Civil Veterinary Department Bengal reports 1933-51 - 1933-1951
Year: 1933
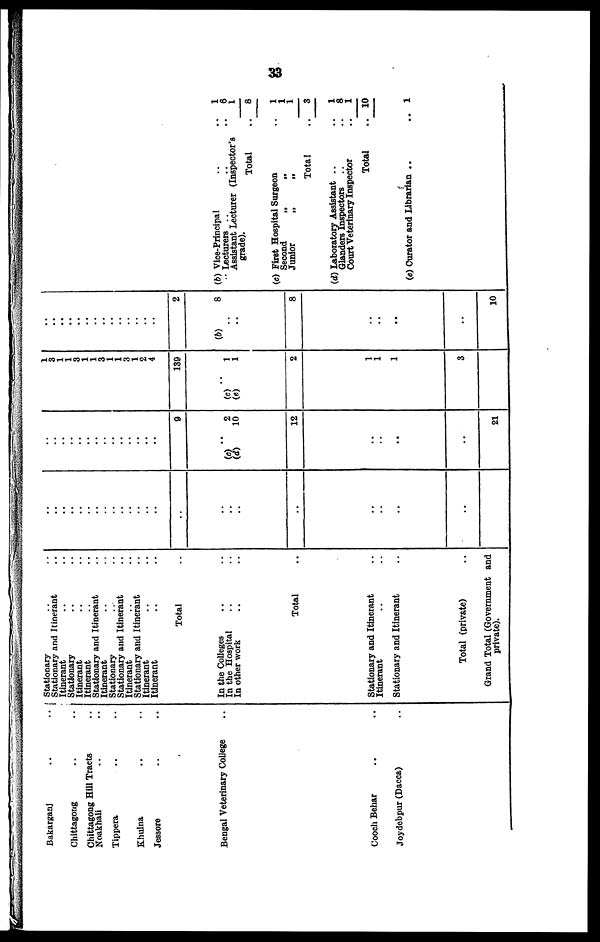
..33
Bakarganj .. ..
Chittagong .. ..
Chittagong Hill Tracts ..
Noakhali .. ..
Tippera
..
..
Khulna .. ..
Jessore .. ..
Bengal Veterinary College ..
Cooch Behar .. ..
Joydebpur (Dacca) ..
Stationary .. ..
Stationary and Itinerant ..
Itinerant .. ..
Stationary .. ..
Itinerant .. ..
Itinerant .. ..
Stationary and Itinerant ..
Itinerant .. ..
Stationary .. ..
Stationary and Itinerant .. ..
Itinerant .. ..
Stationary and Itinerant .. ..
Itinerant .. ..
Itinerant .. ..
Total ..
In the Colleges .. ..
In the Hospital .. ..
In other work .. ..
Total ..
Stationary and Itinerant ..
Itinerant .. ..
Stationary and Itinerant ..
Total (private) ..
Grand Total (Government and
private).
..
..
..
..
..
..
..
..
..
..
..
..
..
..
..
..
..
..
..
..
..
..
..
..
..
..
..
..
..
..
..
..
..
..
9
..
(c) 2
(d)
10
12
..
..
..
..
21
1
3
..
..
..
..
..
..
..
3
1
2
4
139
.. (c) 1
(e)
1
2
1
1
1
3
..
..
..
..
..
..
..
..
..
..
..
..
..
2
(b) 8
..
..
8
..
..
..
..
10
(b) Vice-Principal
..
1
Lecturers .. .. .. 6
Assistant Lecturer (Inspector's
1
grade).
Total
..
8
(c) First Hospital Surgeon
..
1
Second
„
„
1
Junior
„
„
1
Total
..
3
(d) Laboratory Assistant ..
1
Glanders Inspectors
..
8
Court Veterinary Inspector
..
1
Total
.. 10
(e) Curator and Librarian ..
.. 1